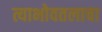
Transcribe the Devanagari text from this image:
त्याभोवतलाचा